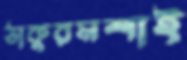
ঠাকুরমশাই